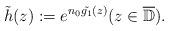
LaTeX: \begin{align*}\tilde{h}(z) :=e^{n_0\tilde{g_1}(z)} (z \in \overline{\mathbb{D}}).\end{align*}